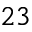
2 3